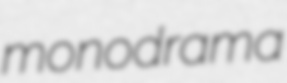
monodrama